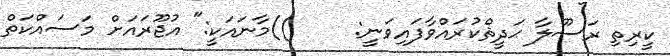
ކީރިތި ރަސޫލާ ޙަދީޘްކުރައްވާފައިވަނީ:     ))މާނައަކީ:" އުޖޫރައަށް މަސައްކަތް